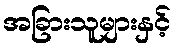
အခြားသူများနှင့်